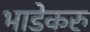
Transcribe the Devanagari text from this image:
भाडेकरु